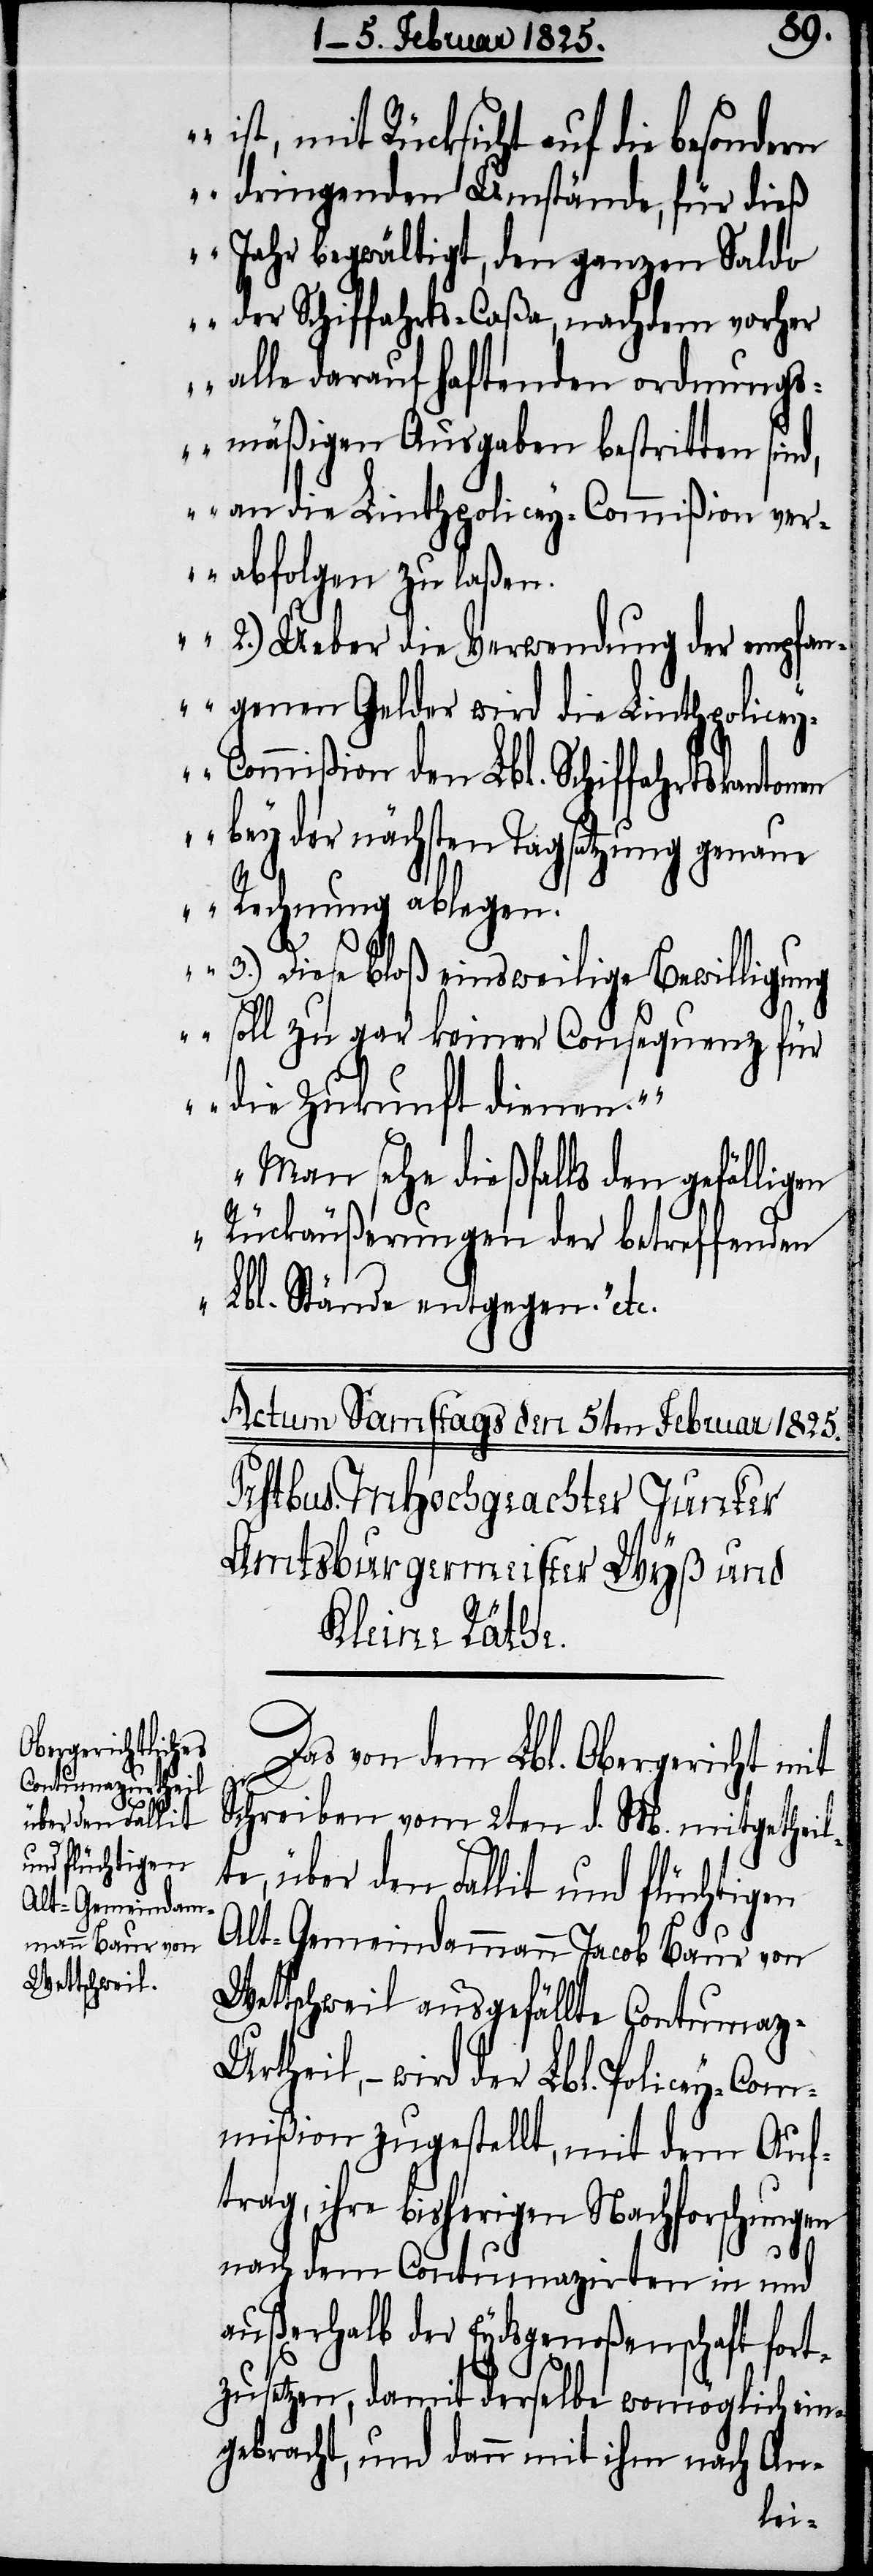
ist, mit Rücksicht auf die besondern
dringenden Umstände, für dieß
Jahr begwältigt, den ganzen Saldo
der Schiffahrts-Caßa, nachdem vorher
alle darauf haftenden ordnungs¬
mäßigen Ausgaben bestritten sin¬
d, an die Linthpolicey-Commißion ver¬
abfolgen zu laßen.
2.) Ueber die Verwendung der empfan¬
genen Gelder wird die Linthpolice¬
y-Commißion den Lbl. Schiffahrtskantonen
bey der nächsten Tagsatzung genau¬
e Rechnung ablegen.
3.) Diese bloß einsweilige Bewilligung
soll zu gar keiner Consequenz für
die Zukunft dienen.“
Man sehe dießfalls den gefälligen
Rückäußerungen der betreffenden
Lbl. Stände entgegen.“ etc.
Das von dem Lbl. Obergericht mit
Schreiben vom 2ten d. M. mitgetheil¬
te, über den Fallit und flüchtigen
Alt-Gemeindammann Jacob Baur von
Wettschweil ausgefällte Contumaz-U¬
rtheil, − wird der Lbl. Policey-Com¬
mißion zugestellt, mit dem Auf¬
trag, ihre bisherigen Nachforschungen
nach dem Contumazirten in und
außerhalb der Eydsgenoßenschaft fort¬
zusetzen, damit derselbe womöglich ein¬
gebracht, und dann mit ihm nach An-